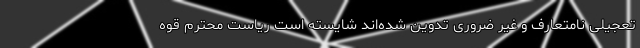
تعجیلی نامتعارف و غیر ضروری تدوین شده‌اند شایسته است ریاست محترم قوه